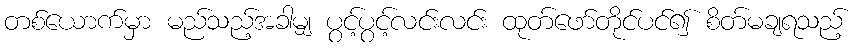
တစ်ယောက်မှာ မည်သည့်အခါမျှ ပွင့်ပွင့်လင်းလင်း ထုတ်ဖော်တိုင်ပင်၍ စိတ်မချရသည့်